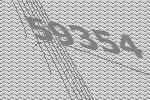
59354